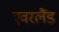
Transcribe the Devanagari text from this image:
एवरलैंड